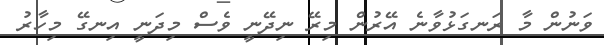
ވަނުން މާ ރަނގަޅުވާނެ އޭރުން މިރޭ ނިދޭނީ ވެސް މިދަނީ އިނގޭ މިހާރު